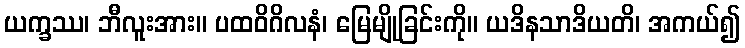
ယက္ခဿ၊ ဘီလူးအား။ ပထဝိဂိလနံ၊ မြေမျိုခြင်းကို။ ယဒိနသာဒိယတိ၊ အကယ်၍